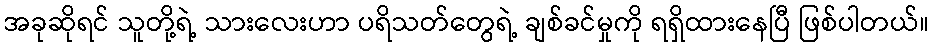
အခုဆိုရင် သူတို့ရဲ့ သားလေးဟာ ပရိသတ်တွေရဲ့ ချစ်ခင်မှုကို ရရှိထားနေပြီ ဖြစ်ပါတယ်။